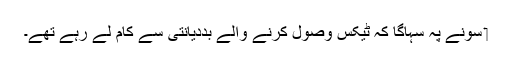
‏ سونے پہ سہاگا کہ ٹیکس وصول کرنے والے بددیانتی سے کام لے رہے تھے۔